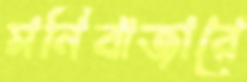
মনিবাজারে